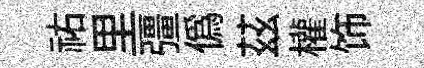
祐里彊偽茲權饰